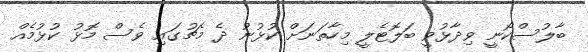
ބާލުސްކޯނީ ވިދާޅުވީ ބަލޮޓެލީ މިހާތަނަށް ކުޅުނު ދެ މެޗުގައި ވެސް މޮޅު ކުޅުމެއް